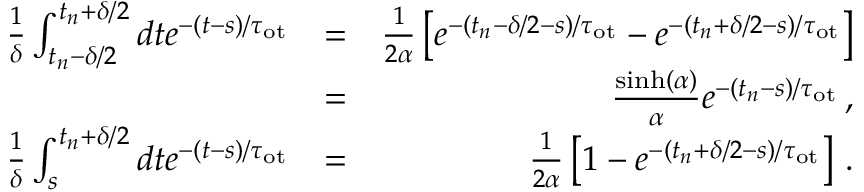
\begin{array} { r l r } { \frac { 1 } { \delta } \int _ { t _ { n } - \delta / 2 } ^ { t _ { n } + \delta / 2 } d t e ^ { - ( t - s ) / \tau _ { \mathrm { o t } } } } & { = } & { \frac { 1 } { 2 \alpha } \left[ e ^ { - ( t _ { n } - \delta / 2 - s ) / \tau _ { \mathrm { o t } } } - e ^ { - ( t _ { n } + \delta / 2 - s ) / \tau _ { \mathrm { o t } } } \right] } \\ & { = } & { \frac { \sinh ( \alpha ) } { \alpha } e ^ { - ( t _ { n } - s ) / \tau _ { \mathrm { o t } } } \, , } \\ { \frac { 1 } { \delta } \int _ { s } ^ { t _ { n } + \delta / 2 } d t e ^ { - ( t - s ) / \tau _ { \mathrm { o t } } } } & { = } & { \frac { 1 } { 2 \alpha } \left[ 1 - e ^ { - ( t _ { n } + \delta / 2 - s ) / \tau _ { \mathrm { o t } } } \right] \, . } \end{array}